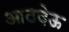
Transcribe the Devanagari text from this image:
आठदेऊ